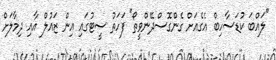
"ލައްބަ ކުޑަސާހިބް އެގެއަށް ގެންގޮސްދޭންވީތޯ" ފަހަތު ސީޓުގައި އިން ޒައުލް އާއި ދިމާލަށް